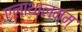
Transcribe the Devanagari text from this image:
एलाथालम्म्